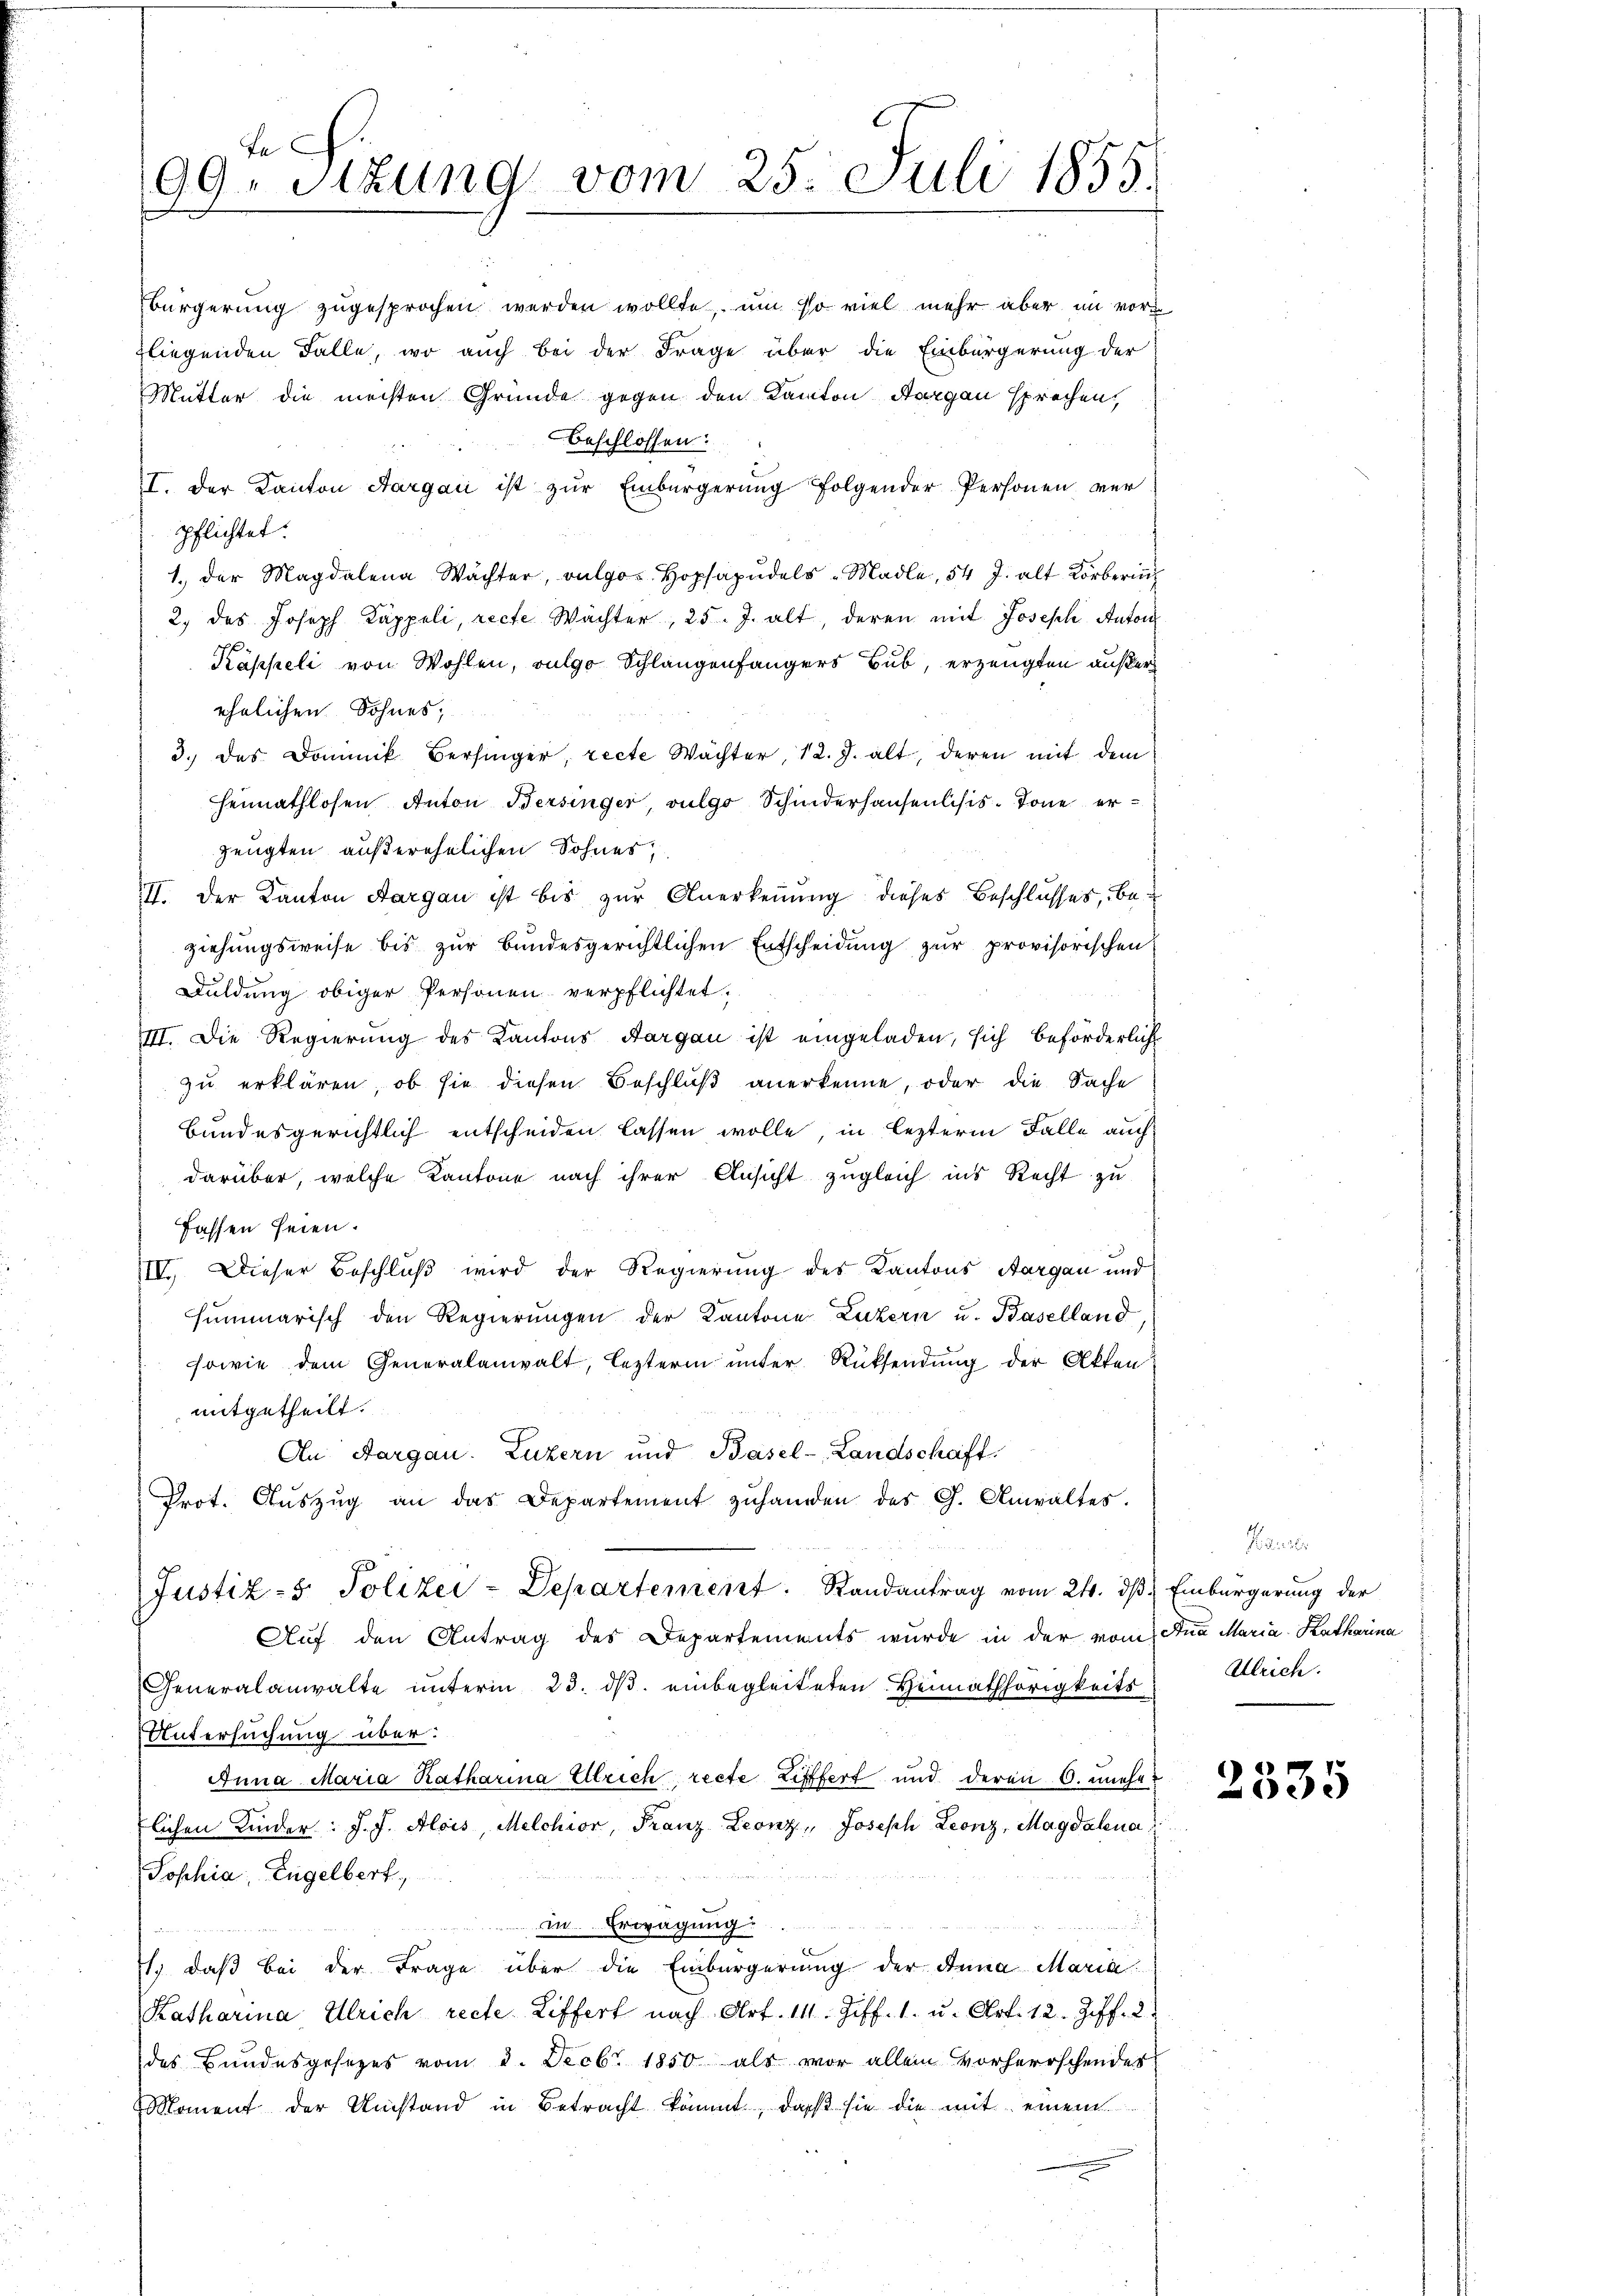
Fe
99. Stung vom 25. Juli 1855.

Prot. Aŭszŭg an das Departement zŭhanden des G. Anwaltes.
Justiz- & Polizei-Departement. Randantrag vom 24. dβ. Einbürgerung der
Auf den Antrag des Departements wurde in der vom Ana Maria Katharina
Generalanwalte unterm 23. dβ einbegleiteten Heimathörigkeits
Untersuchung über:
Anna Maria Ratharina Ulrich recte Lifffert und deren 6. unehelichen Kinder: J. J. Alois, Melchior, Franz Leonz Joseph Leonz, Magdalena
Jophia, Engelbert,
in Erwägung
1) daß bei der Frage über die Einbürgerung der Anna Maria
Katharina Ulrich recte Ziffert nach Art. 14. Ziff. 1. u. Art. 12. Ziff. 2
des Bundesgesezes vom 2. Decbr. 1850 als vor allein vorherrschendes
Moment der Umstand in Betracht kommt, daß sie die mit einem

Bürgerung zugesprochen werden wollte, um so viel mehr aber im vorz
liegenden Falle, wo auch bei der Frage über die Einbürgerung der
Mutter die meisten Gründe gegen den Kanton Aargau sprechen,
beschlossen:
I. der Kanton Aargau ist zŭr Einbürgerŭng folgender Personen ver
pflichtet.
1. der Magdalena Wächter, vulgo Hopsapŭdels-Madle, 54 J. alt Körberin
2. des Joseph Kappeli, recte Wächter, 25. J. alt, deren mit Joseph Anton
Käppeli von Wohlen, vulgo Schlangenfangers Bub, erzeugten außer
ehelichen Sohnes,
3.) des Dominik Bersinger, recte Wächter, 12. J. alt, deren mit dem
Heimathlosen Anton Bersinger vulgo Schinderhausenlisis. Tone erzeugten außerehelichen Sohnes,
II. Der Kanton Aargau ist bis zur Anerkennung dieses Beschlusses, beziehungsweise bis zur bundesgerichtlichen Entscheidung zŭr provisorischen:
Duldung obiger Personen verpflichtet.
III. Die Regierung des Kantons Aargau ist eingeladen, sich beförderlich
zu erklären, ob sie diesen Beschlŭβ anerkenne, oder die Sache
Bundesgerichtlich entscheiden lassen wolle, in lezterm Falle auch
darüber, welche Kantone nach ihrer Ansicht zugleich ins Recht zu
fassen seien.
.
IV. Dieser Beschluß wird der Regierung des Kantons Aargau und
summarisch den Regierŭngen der Kantone Luzern u. Baselland,
sowie dem Generalanwalt, lezterm unter Rücksendung der Akten
mitgetheilt.
An Aargau. Luzern und Basel-Landschaft.

Ulrich.

2535